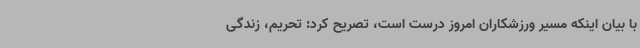
با بیان اینکه مسیر ورزشکاران امروز درست است، تصریح کرد: تحریم، زندگی